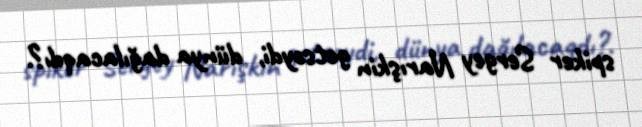
spiker Sergey Narışkin getsəydi, dünya dağılacaqdı?.